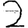
Digit: 2